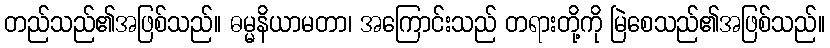
တည်သည်၏အဖြစ်သည်။ ဓမ္မနိယာမတာ၊ အကြောင်းသည် တရားတို့ကို မြဲစေသည်၏အဖြစ်သည်။